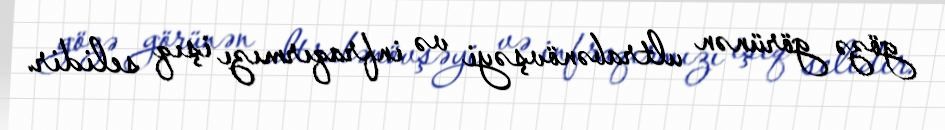
gözə görünən ultrabənövşəyi və infraqırmızı işıq selidir.